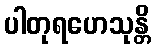
ပါတုရဟေသုန္တိ